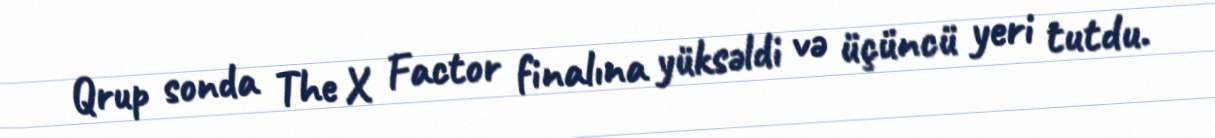
Qrup sonda The X Factor finalına yüksəldi və üçüncü yeri tutdu.